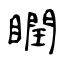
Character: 瞤